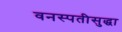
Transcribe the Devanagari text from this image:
वनस्पतीसुद्धा